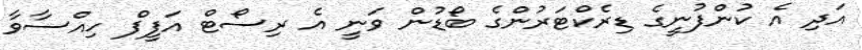
އަދި އެ ކުންފުނީގެ ޑިރެކްޓަރުންގެ ބޯޑުން ވަނީ އެ ރިސޯޓް އަފީފް ހިއްސާވާ